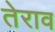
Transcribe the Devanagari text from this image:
तेराव